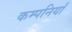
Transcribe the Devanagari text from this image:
कम्पनियॉं